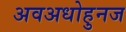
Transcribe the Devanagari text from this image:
अवअधोहुनज